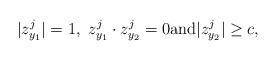
LaTeX: \begin{align*}|z_{y_{1}}^{j}|=1,\ z_{y_{1}}^{j}\cdot z_{y_{2}}^{j}=0\mbox{and}|z_{y_{2}}^{j}|\ge c,\end{align*}